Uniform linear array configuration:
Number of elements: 64
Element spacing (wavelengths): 0.5
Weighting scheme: binomial
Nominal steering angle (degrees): -30
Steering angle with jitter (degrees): -30.979
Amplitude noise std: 0.05
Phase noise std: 0.05

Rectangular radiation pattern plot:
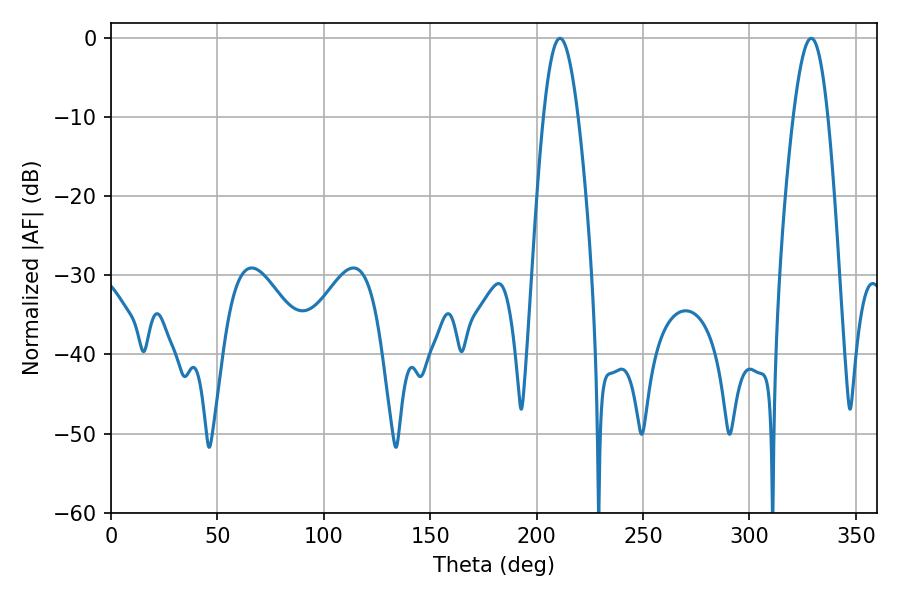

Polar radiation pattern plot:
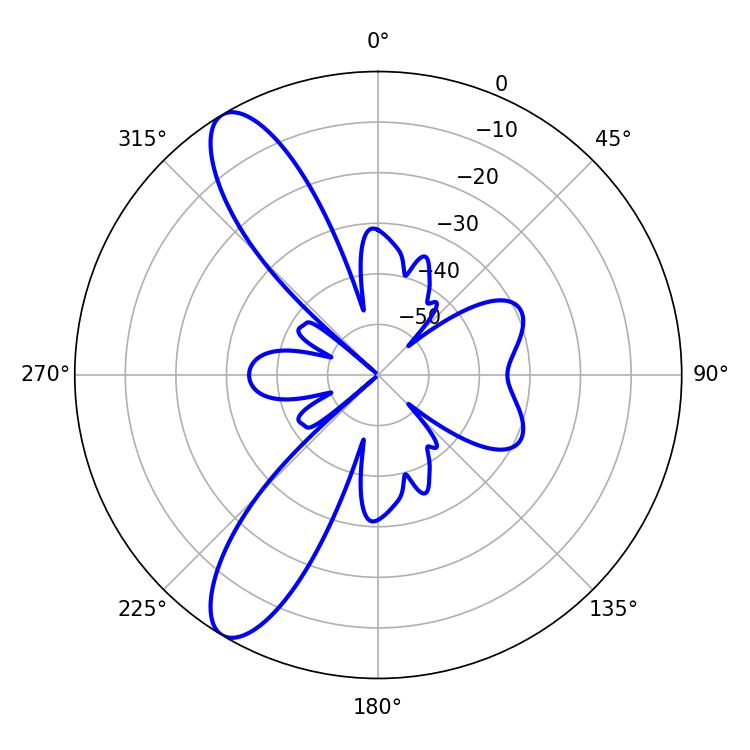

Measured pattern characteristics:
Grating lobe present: FALSE
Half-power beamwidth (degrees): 8.82
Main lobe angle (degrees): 210.96